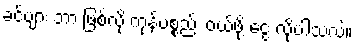
ခင်ဗျား ဘာ ဖြစ်လို့ ကုန်ပစ္စည်း ဝယ်ဖို့ ငွေ လိုပါသလဲ။